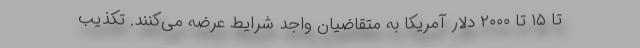
تا ۱۵ تا ۲۰۰۰ دلار آمریکا به متقاضیان واجد شرایط عرضه می‌کنند. تکذیب